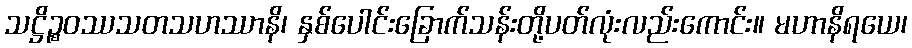
သဋ္ဌိဉ္စဝဿသတသဟဿာနိ၊ နှစ်ပေါင်းခြောက်သန်းတို့ပတ်လုံးလည်းကောင်း။ မဟာနိရယေ၊